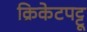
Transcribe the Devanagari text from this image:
क्रिकेटपट्टू